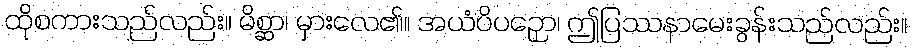
ထိုစကားသည်လည်း။ မိစ္ဆာ၊ မှားလေ၏။ အယံပိပဉှော၊ ဤပြဿနာမေးခွန်းသည်လည်း။